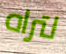
لتراه